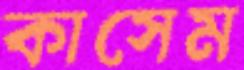
কাসেম